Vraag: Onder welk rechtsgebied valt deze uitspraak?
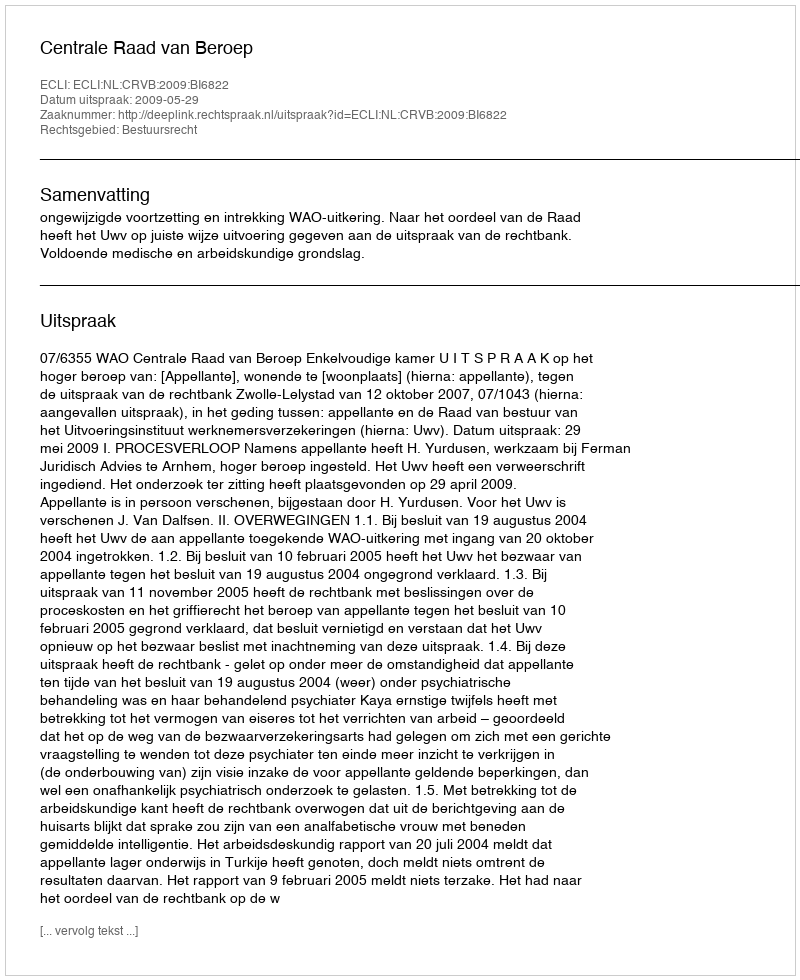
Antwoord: Bestuursrecht